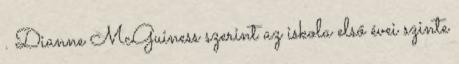
. Dianne McGuiness szerint az iskola első évei szinte